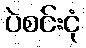
ပဲစင်းငုံ